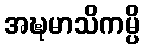
အဍ္ဎမာသိကမ္ပိ